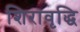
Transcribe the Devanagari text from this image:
शिरावृद्धि